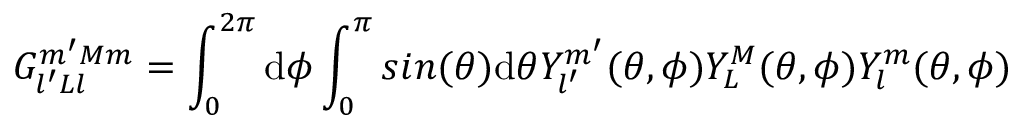
G _ { l ^ { \prime } L l } ^ { m ^ { \prime } M m } = \int _ { 0 } ^ { 2 \pi } \mathrm { d } { \phi } \int _ { 0 } ^ { \pi } s i n ( \theta ) \mathrm { d } { \theta } { Y _ { l ^ { \prime } } ^ { m ^ { \prime } } } ( \theta , \phi ) Y _ { L } ^ { M } ( \theta , \phi ) Y _ { l } ^ { m } ( \theta , \phi )